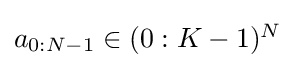
{\textstyle a_{0:N-1}\in (0:K-1)^{N}}